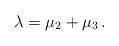
LaTeX: \begin{align*} \lambda = \mu_2 + \mu _3\,.\end{align*}